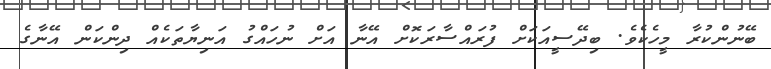
ބޭނުންކުރާ މީހެކެވެ. ބިދޭސީއަކަށް ފުރައްސާރަކޮށް އޭނާ އަށް ނުހައްގު އަނިޔާތަކެއް ދިންކަން އޭނާގެ